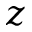
z